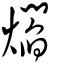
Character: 爓